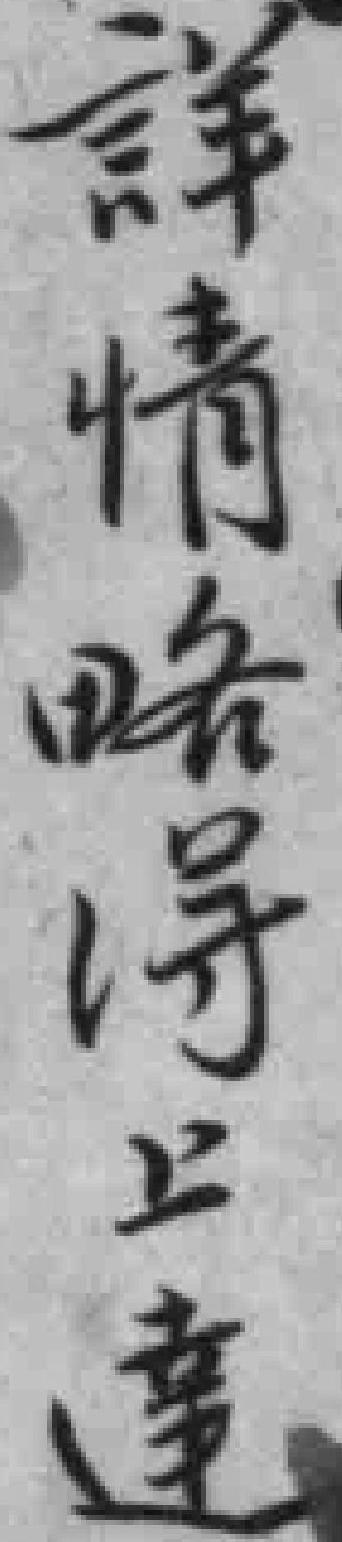
详情略得上逹